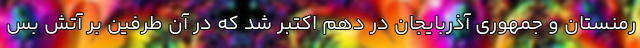
رمنستان و جمهوری آذربایجان در دهم اکتبر شد که در آن طرفین بر آتش بس